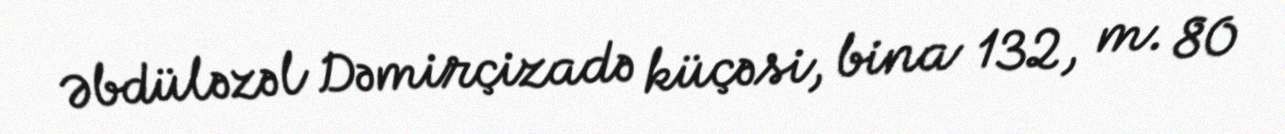
Əbdüləzəl Dəmirçizadə küçəsi, bina 132, m. 80